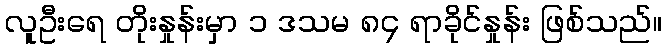
လူဦးရေ တိုးနှုန်းမှာ ၁ ဒသမ ၈၄ ရာခိုင်နှုန်း ဖြစ်သည်။